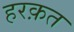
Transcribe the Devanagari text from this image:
हरक़त